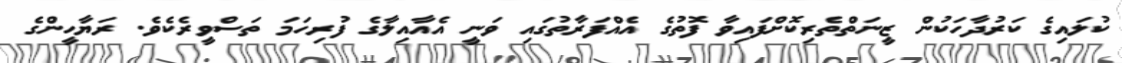
ކުލައިގެ ކަރުދާހަކުން ޒީނަތްތެރިކޮށްފައިވާ ފޮތުގެ އެއްފަރާތުގައި ވަނީ އެއާއިލާގެ ފުރިހަމަ ތަސްވީރެކެވެ. ރަޔާހީންގެ